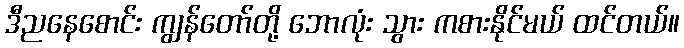
ဒီညနေစောင်း ကျွန်တော်တို့ ဘောလုံး သွား ကစားနိုင်မယ် ထင်တယ်။